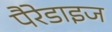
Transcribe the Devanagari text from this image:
पैरेडाइज